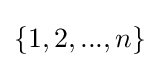
\{1,2,...,n\}